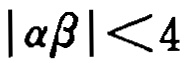
\(\vert \alpha\beta \vert < 4\)